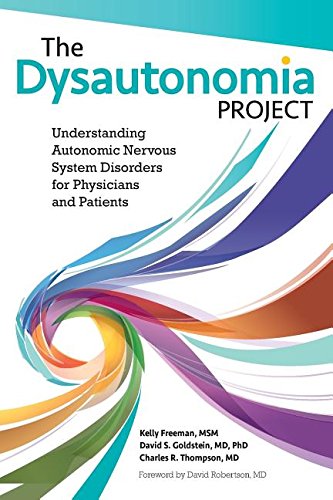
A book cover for The Dysautonomia Project: Understanding Autonomic Nervous System Disorders for Physicians and Patients; Msm Kelly Freeman; Medical Books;